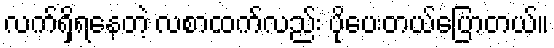
လက်ရှိရနေတဲ့ လစာထက်လည်း ပိုပေးတယ်ပြောတယ်။